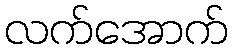
လက်အောက်